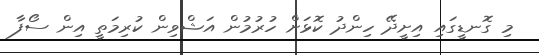
މި ގޮނޑީގައި އިށީދޭ ހިންދު ކޮޅަށް ހުރުމުން އަޝްވިން ކުރިމަތީ އިން ސޯފާ